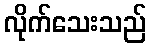
လိုက်သေးသည်